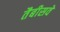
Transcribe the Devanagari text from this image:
तैबीसवे